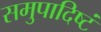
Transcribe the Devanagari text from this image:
समुपादिष्टं